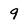
Character: 9